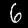
Label: 6